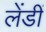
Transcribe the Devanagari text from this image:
लेंडीं